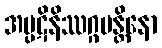
အပ္ပဋိနိဿဂ္ဂမန္တိနော